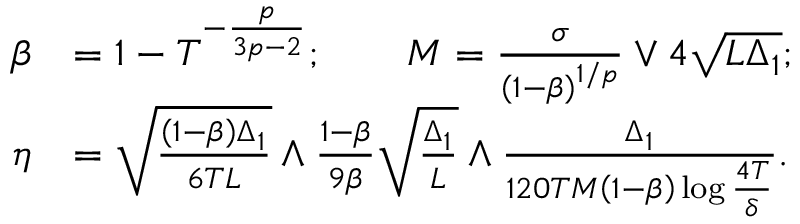
\begin{array} { r l } { \beta } & { = 1 - T ^ { - \frac { p } { 3 p - 2 } } ; \qquad M = \frac { \sigma } { \left( 1 - \beta \right) ^ { 1 / p } } \lor 4 \sqrt { L \Delta _ { 1 } } ; } \\ { \eta } & { = \sqrt { \frac { \left( 1 - \beta \right) \Delta _ { 1 } } { 6 T L } } \land \frac { 1 - \beta } { 9 \beta } \sqrt { \frac { \Delta _ { 1 } } { L } } \land \frac { \Delta _ { 1 } } { 1 2 0 T M \left( 1 - \beta \right) \log \frac { 4 T } { \delta } } . } \end{array}